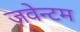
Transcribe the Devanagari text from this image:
ज़वेन्टम